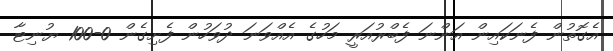
އެގޮތުން ފެނަކައިން އަންނަ ފެބްރުއަރީ މަހުގެ އެއްވަނަ ދުވަހުން ފެށިގެން 0-100 ޔުނިޓާ